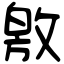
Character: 敫